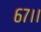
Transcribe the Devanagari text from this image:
६७।।